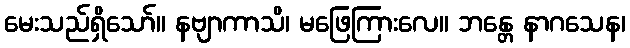
မေးသည်ရှိသော်။ နဗျာကာသိ၊ မဖြေကြားလေ။ ဘန္တေ နာဂသေန၊